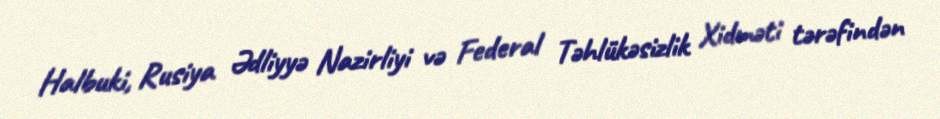
Halbuki, Rusiya Ədliyyə Nazirliyi və Federal Təhlükəsizlik Xidməti tərəfindən